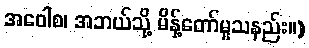
အဝေါစ၊ အဘယ်သို့ မိန့်တော်မူသနည်း။)